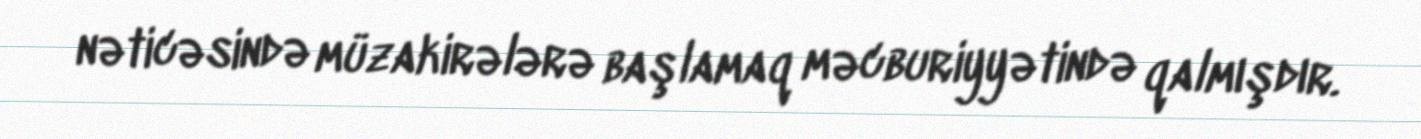
nəticəsində müzakirələrə başlamaq məcburiyyətində qalmışdır.